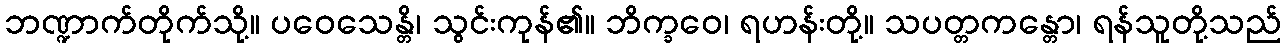
ဘဏ္ဍာက်တိုက်သို့။ ပဝေသေန္တိ၊ သွင်းကုန်၏။ ဘိက္ခဝေ၊ ရဟန်းတို့။ သပတ္တကန္တော၊ ရန်သူတို့သည်